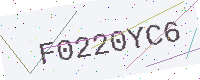
Text: F0220YC6